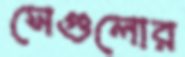
সেগুলোর